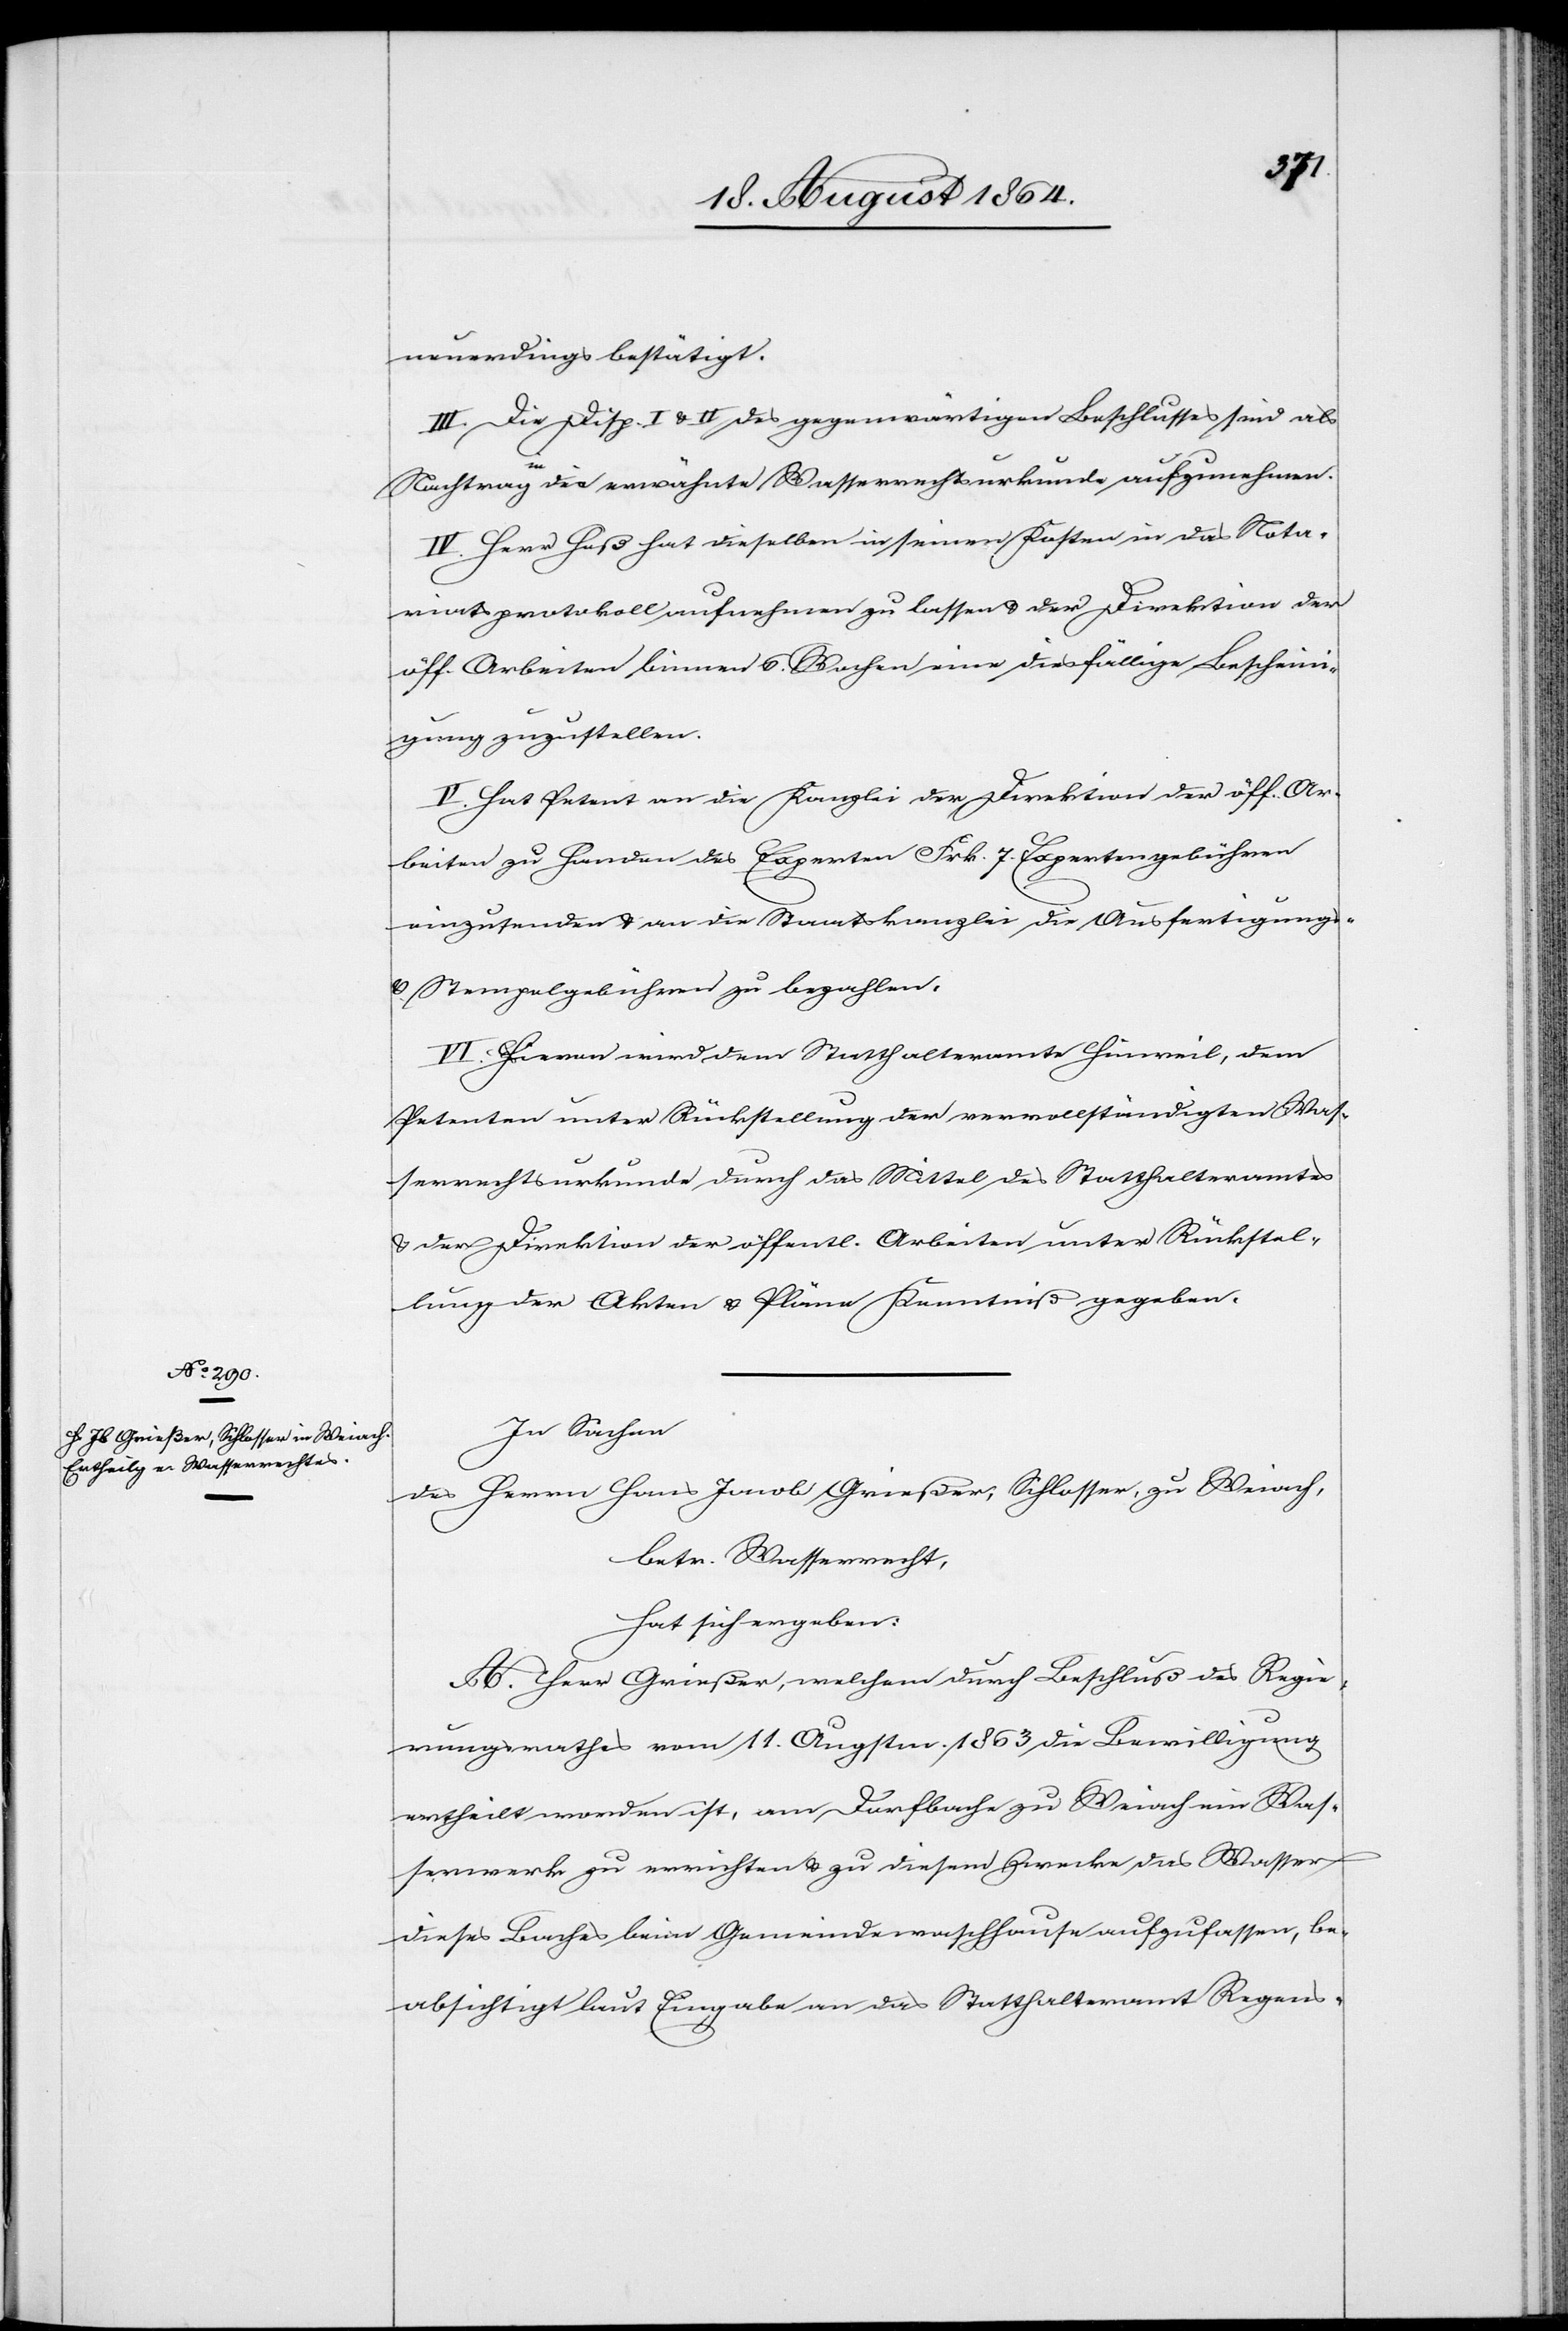
neuerdings bestätigt.
III. Die Disp. I & II des gegenwärtigen Beschlusses sind als
Nachtrag a-in-a die erwähnte Wasserrechtsurkunde aufzunehmen.
IV. Herr Heß hat dieselben in seinen Kosten in das Nota¬
riatsprotokoll aufnehmen zu lassen & der Direktion der
öff. Arbeiten binnen 6. Wochen eine diesfällige Bescheini¬
gung zuzustellen.
V. Hat Petent an die Kanzlei der Direktion der öff. Ar¬
beiten zu Handen des Experten Frk. 7 Expertengebühren
einzusenden & an die Staatskanzlei die Ausfertigungs-
& Stempelgebühren zu bezahlen.
VI. Hievon wird dem Statthalteramte Hinweil, dem
Petenten unter Rückstellung der vervollständigten Was¬
serrechtsurkunde durch das Mittel des Statthalteramtes
& der Direktion der öffentl. Arbeiten unter Rückstel¬
lung der Akten & Pläne Kenntniß gegeben.
In Sachen
des Herrn Hans Jacob Grießer, Schlosser, zu Weiach,
betr. Wasserrecht,
hat sich ergeben:
A. Herr Grießer, welchem durch Beschluß des Regie¬
rungsrathes vom 11. Augstm. 1863 die Bewilligung
ertheilt worden ist, am Dorfbache zu Weiach ein Was¬
serwerk zu errichten & zu diesem Zwecke das Wasser
dieses Baches beim Gemeindewaschhause aufzufassen, be¬
absichtigt laut Eingabe an das Statthalteramt Regens-